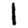
Digit: 1